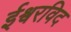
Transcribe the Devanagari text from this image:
ईश्वरविद